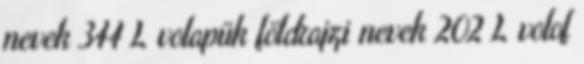
nevek‎ 344 L volapük földrajzi nevek‎ 202 L volof